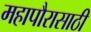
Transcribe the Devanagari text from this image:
महापौरासाठी